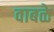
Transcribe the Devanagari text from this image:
वाबळे